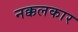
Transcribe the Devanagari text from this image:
नक्कलकार